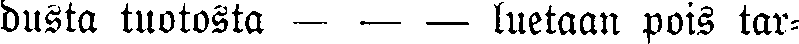
dusta tuotosta — — — luetaan pois tar-